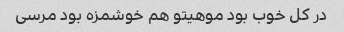
در کل خوب بود موهیتو هم خوشمزه بود مرسی